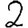
Digit: 2